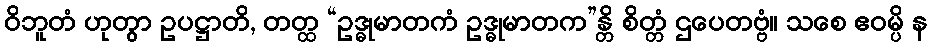
ဝိဘူတံ ဟုတွာ ဥပဋ္ဌာတိ, တတ္ထ “ဥဒ္ဓုမာတကံ ဥဒ္ဓုမာတက”န္တိ စိတ္တံ ဌပေတဗ္ဗံ။ သစေ ဧဝမ္ပိ န